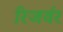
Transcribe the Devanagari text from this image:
रिजर्वर